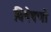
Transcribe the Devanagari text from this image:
विषेषणों